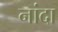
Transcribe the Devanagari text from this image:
नांदा